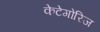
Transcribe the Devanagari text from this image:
केटेगोरिज